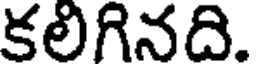
కలిగినది.